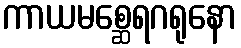
ကာယမစ္ဆေရဂရုနော